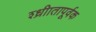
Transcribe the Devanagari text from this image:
श्ध्रीातापूर्वक